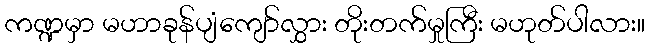
ကဏ္ဍမှာ မဟာခုန်ပျံကျော်လွှား တိုးတက်မှုကြီး မဟုတ်ပါလား။